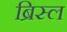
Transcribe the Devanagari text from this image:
ब्रिस्ल